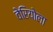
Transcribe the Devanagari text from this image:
वेरियोला